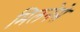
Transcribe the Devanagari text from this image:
मिलनेसे